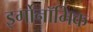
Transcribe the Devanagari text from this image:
इर्गोनॉमिक